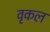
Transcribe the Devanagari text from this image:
वृकल